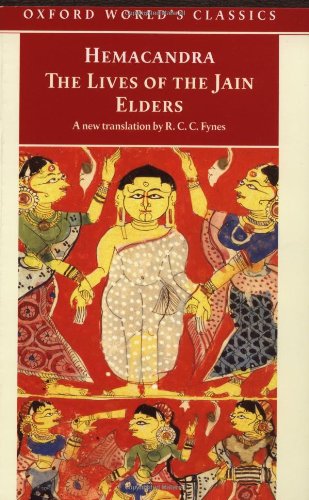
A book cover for The Lives of the Jain Elders (Oxford World's Classics); Hemacandra; Religion & Spirituality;